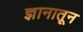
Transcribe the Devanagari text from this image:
ज्ञानातून